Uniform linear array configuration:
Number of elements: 24
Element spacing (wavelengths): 0.5
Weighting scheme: uniform
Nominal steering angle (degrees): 15
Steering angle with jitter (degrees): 13.187
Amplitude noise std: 0.05
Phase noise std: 0.05

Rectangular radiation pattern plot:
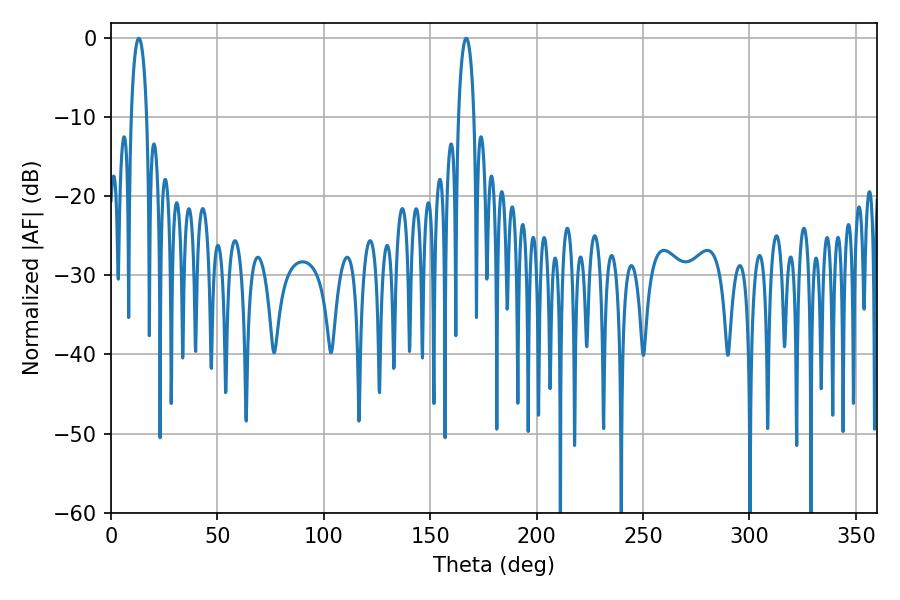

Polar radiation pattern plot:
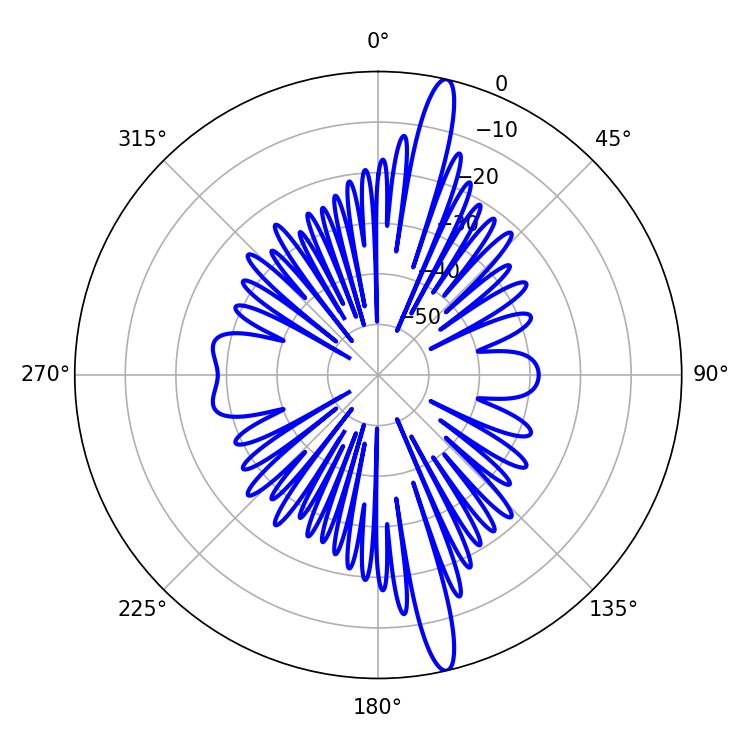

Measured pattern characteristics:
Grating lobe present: FALSE
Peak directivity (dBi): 17.258
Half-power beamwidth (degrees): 4.14
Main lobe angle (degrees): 13.14